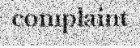
complaint